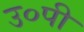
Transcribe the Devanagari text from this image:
उ०पी